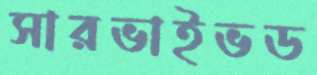
সারভাইভড